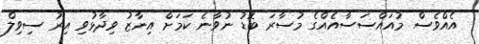
އެއްވެސް މުއައްސަސާއެއްގެ މުސާރަ ބޮޑު ނުވާނެ ކަމަށް އިނާޒު ވިދާޅުވި އިރު ސިވިލް